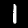
Label: 1